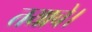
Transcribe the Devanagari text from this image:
तयाचे।